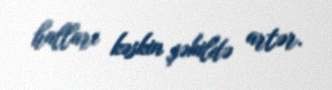
halları kəskin şəkildə artər.